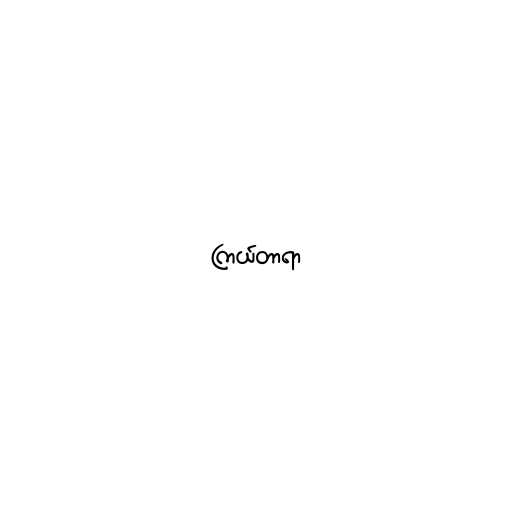
ကြယ်တာရာ